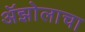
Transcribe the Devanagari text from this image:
ॲझोलाचा